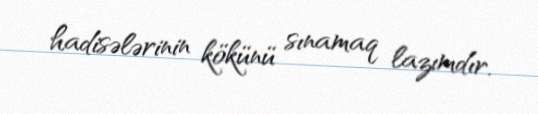
hadisələrinin kökünü sınamaq lazımdır.